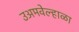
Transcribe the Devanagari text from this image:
उअमवेल्हाळा